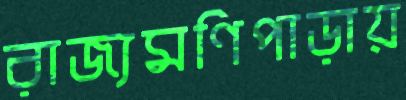
রাজ্যমণিপাড়ায়